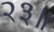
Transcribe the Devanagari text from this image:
२३॥